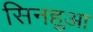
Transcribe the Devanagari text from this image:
सिनहुआ